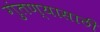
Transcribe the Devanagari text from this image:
गुंतण्यासाठी